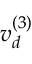
v _ { d } ^ { ( 3 ) }